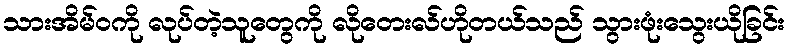
သားအိမ်ဝကို လုပ်တဲ့သူတွေကို လိုတေးလ်ဟိုတယ်သည် သွားဖုံးသွေးယိုခြင်း